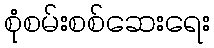
စုံစမ်းစစ်ဆေးရေး